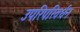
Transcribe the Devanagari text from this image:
उपरिपरिवर्धन